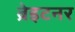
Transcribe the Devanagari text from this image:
ब्रेइटनर